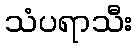
သံပရာသီး